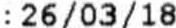
:26/03/18